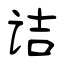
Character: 诘